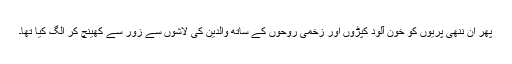
پھر ان ننھی پریوں کو خون آلود کپڑوں اور زخمی روحوں کے ساتھ والدین کی لاشوں سے زور سے کھینچ کر الگ کیا تھا۔